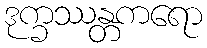
ဒုက္ခဿန္တကရော